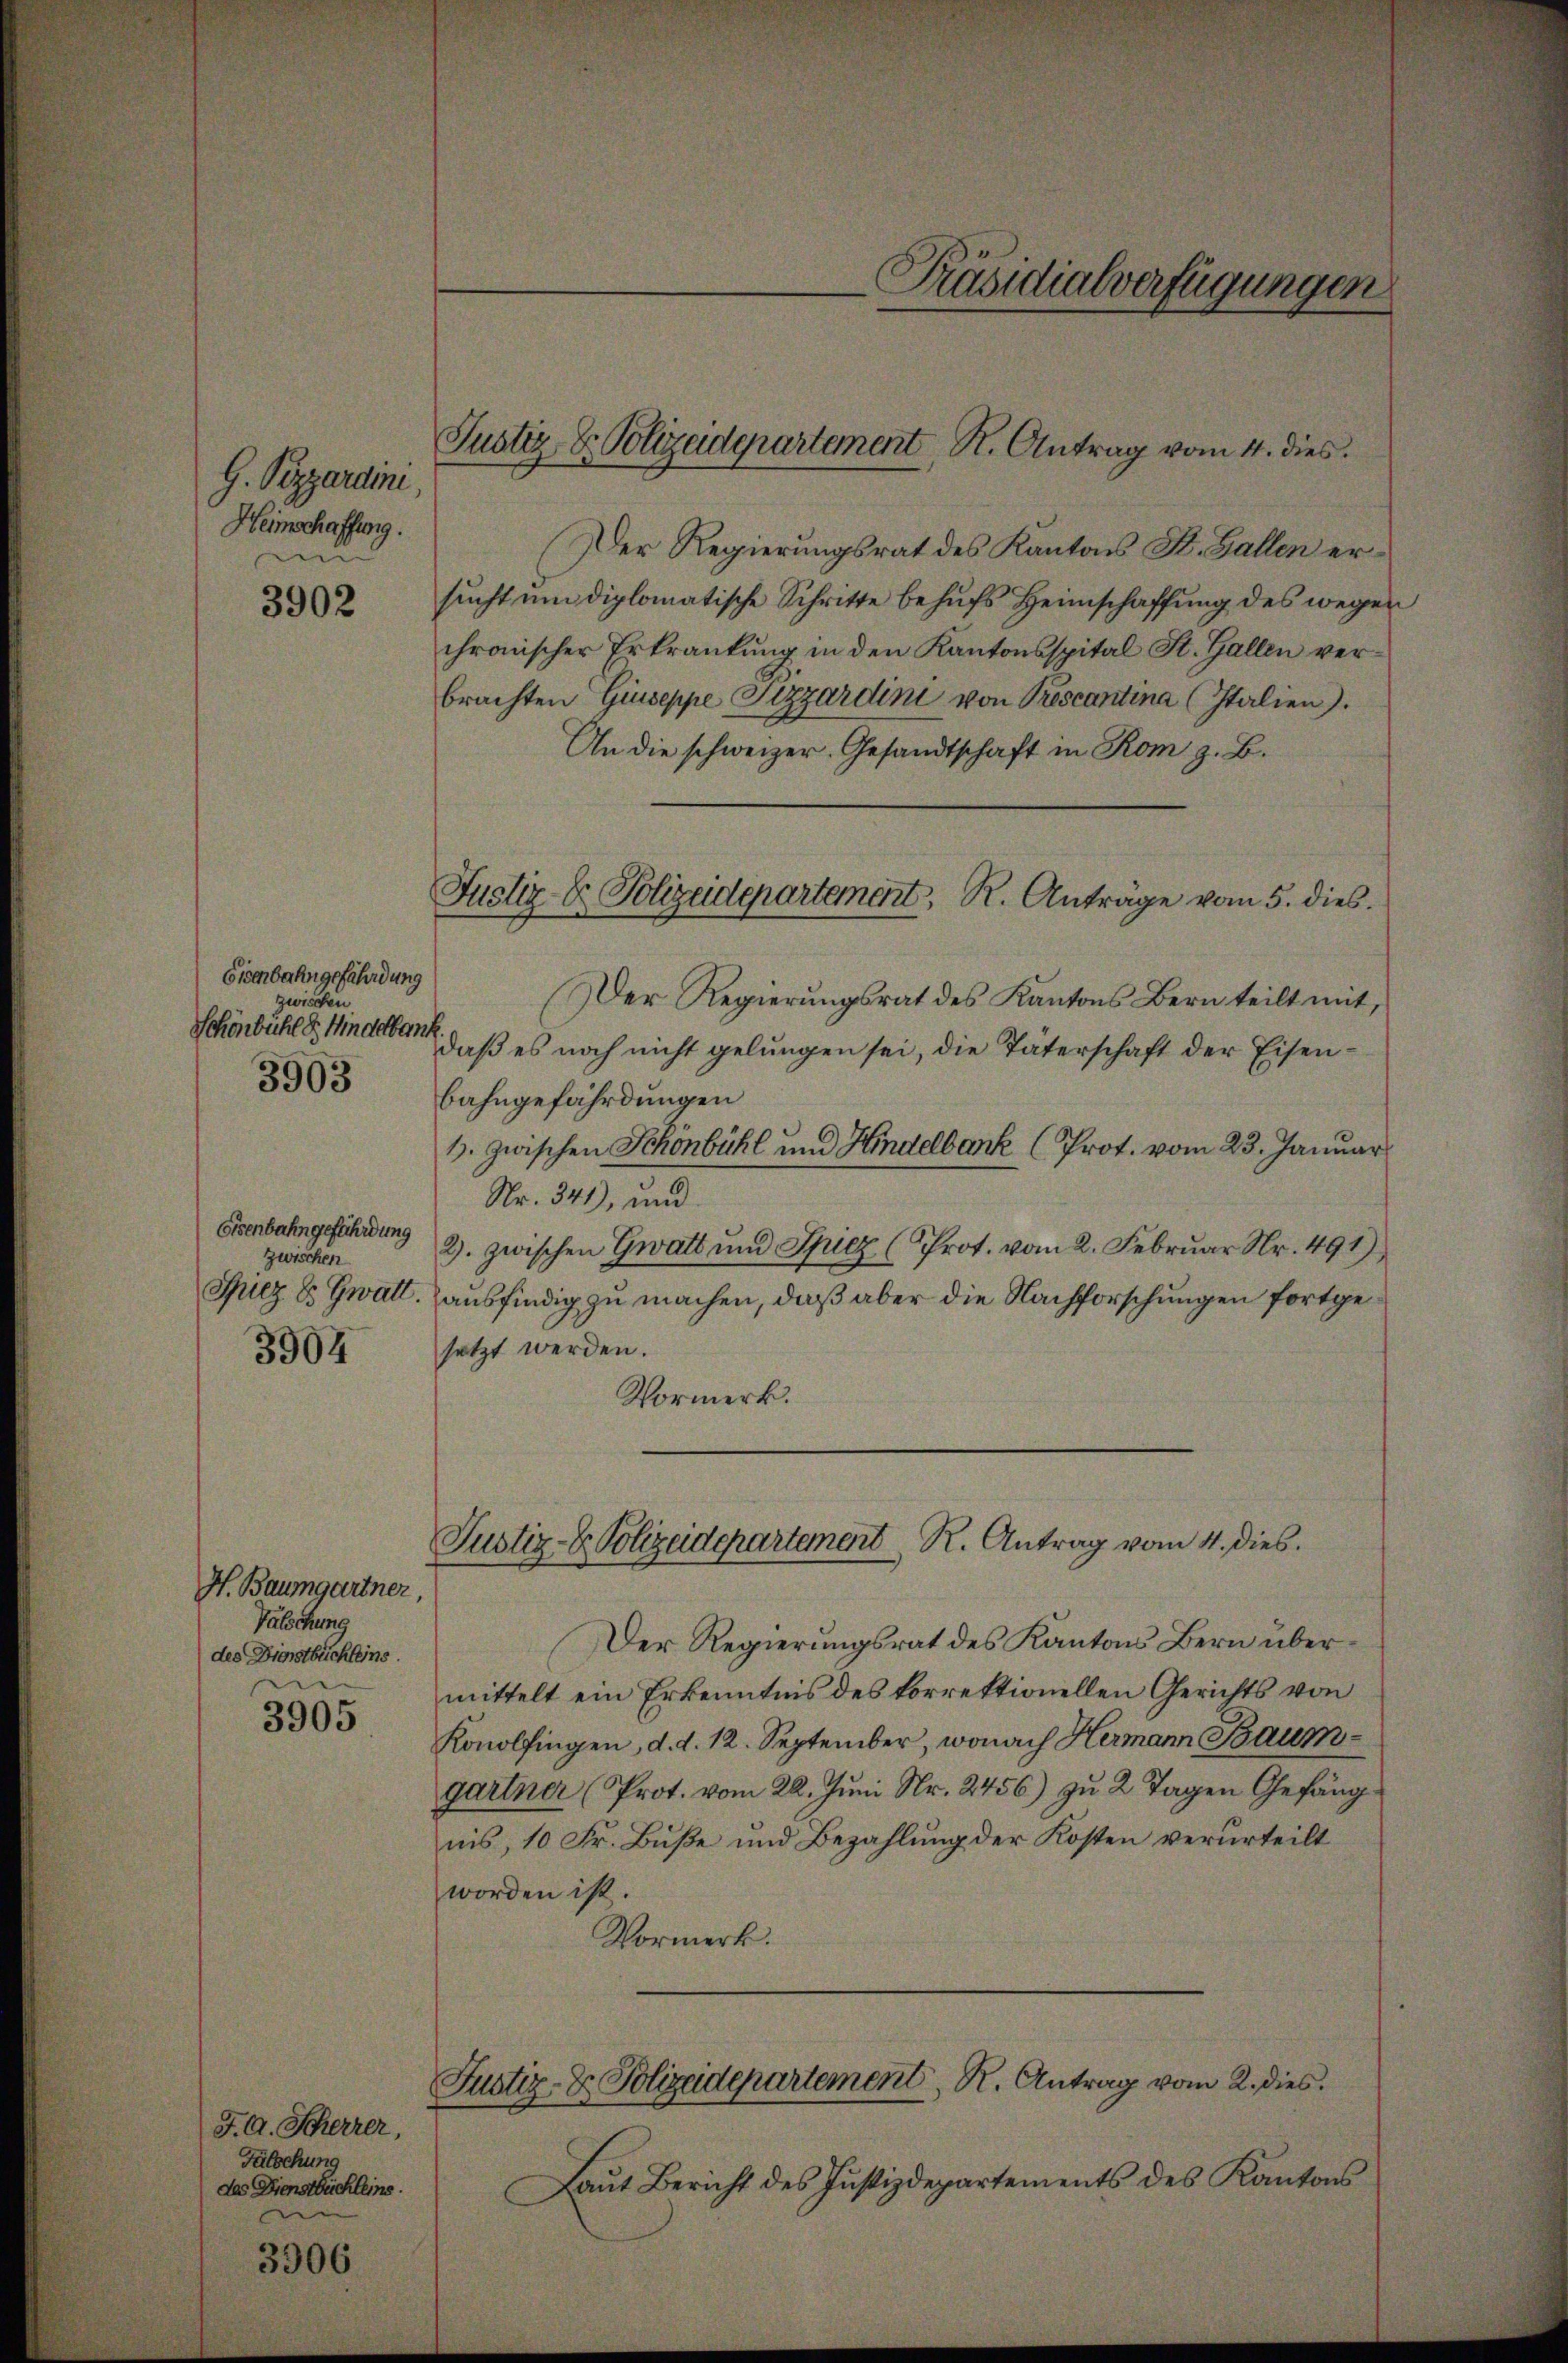
G. Pizzardini,
Heimschaffung.
m

3902

Eisenbahngefährdung
schen
Schönbühl 8 Minderbank
3903

Eisenbahngefährdung
zwischen

3904

H. Baumgartner,
Valschung
des Dienstbüchleins.

3905

J. A. Scherrer,
Fälschung
des Dienstbüchleins.
ni

3906

Justiz- & Polizeidepartement K. Antrag vom 4. dies

Justiz- & Polizeidepartement, R. Anträge vom 5. dies

Präsidialverfügungen

(Der Regierungsrat des Kantons St. Gallen ersucht um diplomatische Schritte behufs Heimschaffung des wegen
chronischer Erkrankung in den Kantonsspital St. Gallen verbrachten Giuseppe Sizzardini von Prescantina (Italien).
An die schweizer. Gesandtschaft in Rom z. B.
Der Regierungsrat des Kantons Bern teilt mit,
daβ es noch nicht gelŭngen sei, die Täterschaft der Eisen-
bahngefährdungen
1. zwischen Schönbühl und Hindelbank (Prot. vom 23. Januar
Nr. 341), und
2). zwischen Gwatt und Spiez (Prot. vom 2. Februar Nr. 491)
Spiez & Gwalt, ausfindig zu machen, daß aber die Nachforschungen fortgesetzt werden.
Vormerk.

Justiz- & Polizeidepartement R. Antrag vom 4. dies.

Der Regierungsrat des Kantons Bern übermittelt ein Erkenntnis des korrektionellen Gerichts von
Konolfingen, d. d. 12. September, wonach Hermann Baumgartner (Prot. vom 22. Juni Nr. 2456) zu 2 Tagen Gefängnis, 10 Fr. Buße und Bezahlung der Kosten verurteilt
worden ist.
Vormerk.

Justiz- & Polizeidepartement, R. Antrag vom 2. dies

Laŭt Bericht des Justizdepartements des Kantons

.